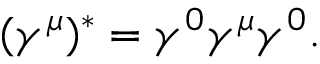
( \gamma ^ { \mu } ) ^ { * } = \gamma ^ { 0 } \gamma ^ { \mu } \gamma ^ { 0 } .